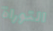
التوراة